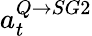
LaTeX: a_{t}^{Q\rightarrow SG2}